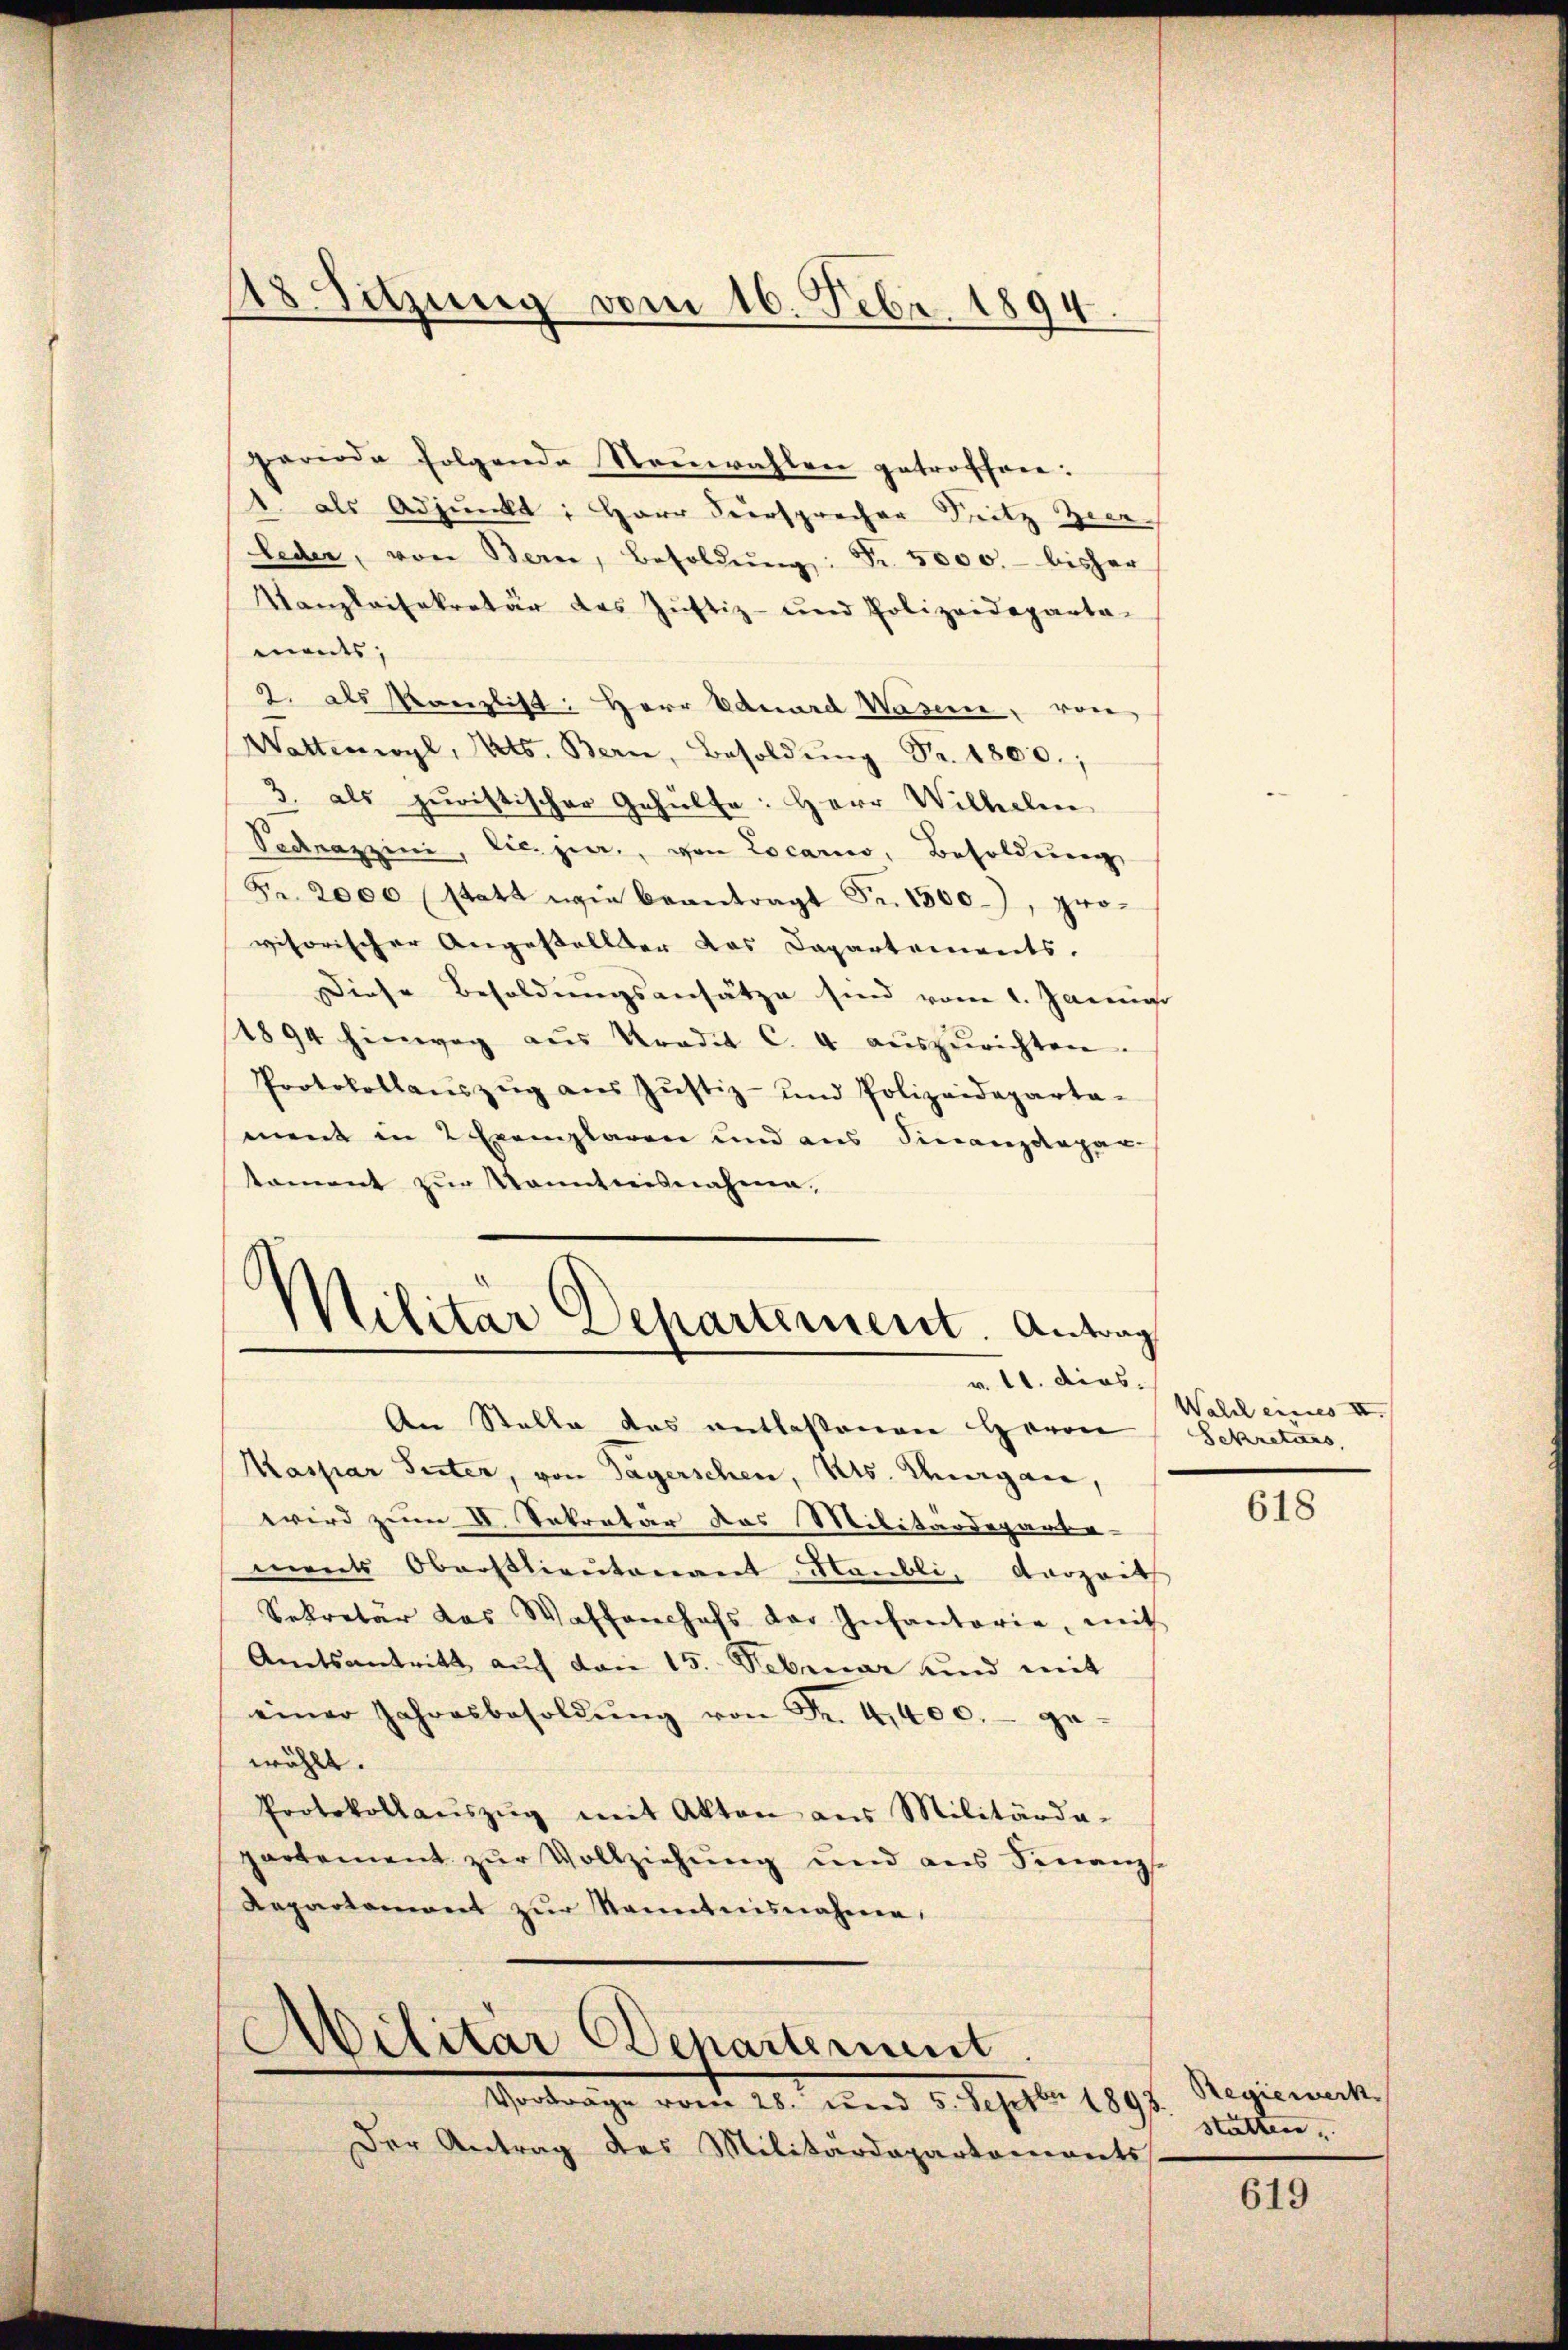
118. Sitzung vom 16. Febr. 1894.

geriode folgende Neuwahlen getroffen:
1. als Adjunkt: Herr Seersprecher Seitz Zeer
leder, von Bern, Besoldŭng: Fr. 5000.- bisher
Kanzleisekretär des Justiz- und Polizeideparta-
ments,
2. als Kanzlist: Herr Eduard Wasen, von
Wattenwyl, Kts. Bern, Besoldŭng Nr. 1800.;
3. als juristischer Gehülfe: Herr Wilhelm,
Sednazzini, Licipier, von Locarno, Besoldung
Fr. 2000 statt wie beantragt Fr. 1500), provisorischer Angestellter das Dapartements.
Diese Besoldungsansätze sind vom 1. Januar
4894 hinweg aŭs Kredit C. 4 aŭszŭrichten.
Protokollaŭszŭg aŭs Jŭstiz- und Polizeideparta-
ment in 2 Exemplaren und aus Finanzdepar-
tament zur Kenntnisnahme.
tilitar Departement. Antrag
v. 11. dies.
An Stelle das entlassenen Herrn
Maspar Suter, von Tagerschen, Kts. Magen,
wird zum II. Sekretär das Militärdeparte-
ments Oberstlieutenant Flaubli, Verzeit
Sekretär das Waffenchefs der Infantarie, mit
Amtsantritt auf den 15. Februar und mit
einer Jahresbesoldŭng von Fr. 4400.- ge
wählt.
Protokollaŭszŭg mit Akten aus Militärda-
partement zur Vollziehung und aus Finanz-
Repartement zŭr Kenntnisnahme,
Militär Departement
Vorträge vom 28. und 5. Septbr 1893.
Der Antrag des Militärdepartements

Wahl eines II.
Sekretärs,

618

Regiewerk
statten,

619